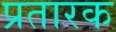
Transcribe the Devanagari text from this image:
प्रतारक